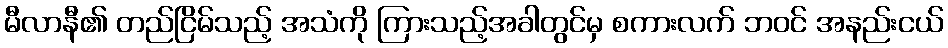
မီလာနီ၏ တည်ငြိမ်သည့် အသံကို ကြားသည့်အခါတွင်မှ စကားလက် ဘဝင် အနည်းငယ်